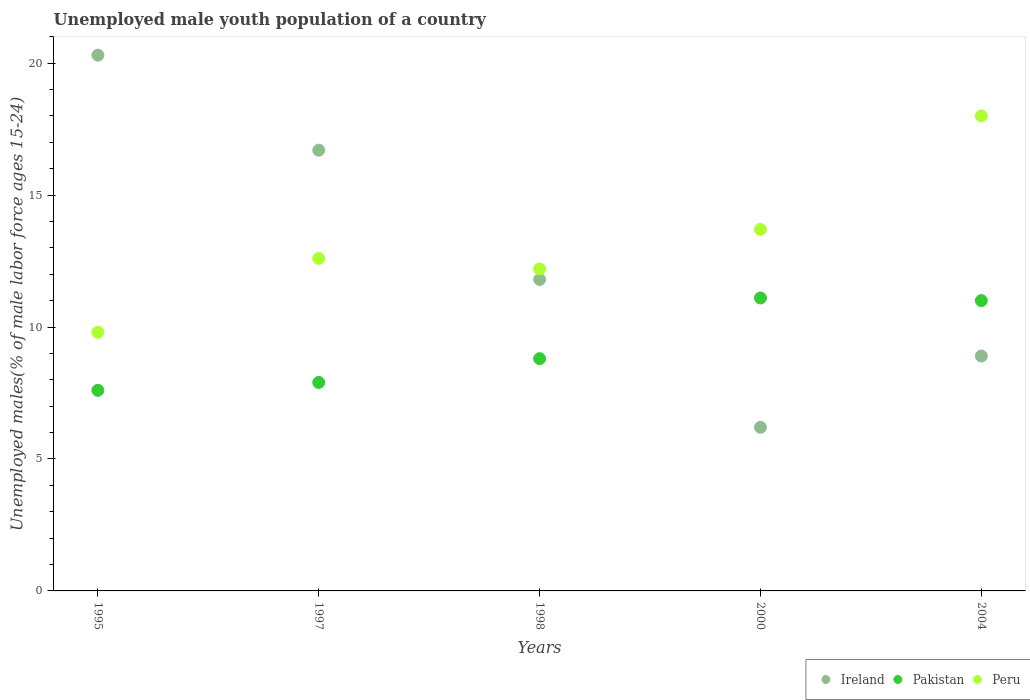
| Years | Ireland | Pakistan | Peru |
 | --- | --- | --- | --- |
 | 1995 | 20.3 | 7.6 | 9.8 |
 | 1997 | 16.7 | 7.9 | 12.6 |
 | 1998 | 11.8 | 8.8 | 12.2 |
 | 2000 | 6.2 | 11.1 | 13.7 |
 | 2004 | 8.9 | 11 | 18 |